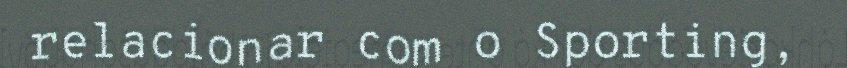
relacionar com o Sporting,